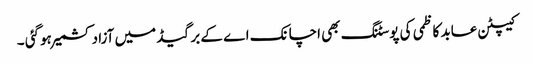
کیپٹن عابد کاظمی کی پوسٹنگ بھی اچانک اے کے برگیڈ میں آزاد کشمیر ہوگئی ۔